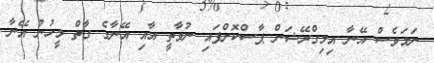
ނަމަވެސް އޭނާ އިމިގްރޭޝަން ޕާސްކޮށްފައި ނުވާތީ އާއި އޭނާގެ ގާތް މީހުން އޭނާ